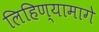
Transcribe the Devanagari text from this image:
लिहिण्यामागे